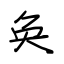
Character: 奂